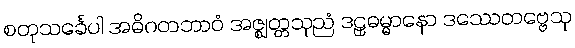
စတုသင်္ခေပါ အဓိဂတဘာဝံ အဇ္ဈတ္တသုညံ ဒဠှဓမ္မာနော ဒဿေတဗ္ဗေသု